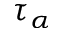
\tau _ { \alpha }